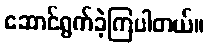
ဆောင်ရွက်ခဲ့ကြပါတယ်။